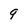
Character: 9